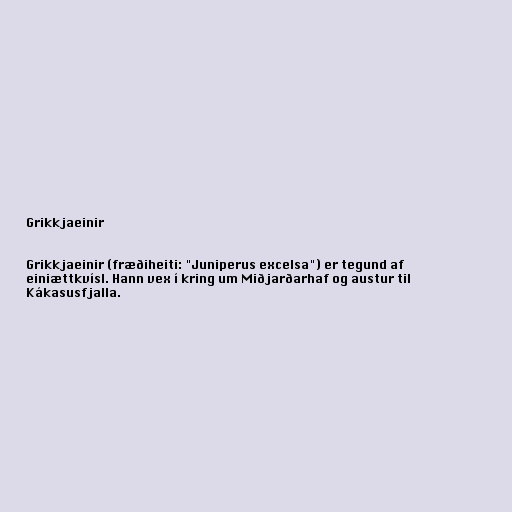
Grikkjaeinir

Grikkjaeinir (fræðiheiti: "Juniperus excelsa") er tegund af
einiættkvísl. Hann vex í kring um Miðjarðarhaf og austur til
Kákasusfjalla.